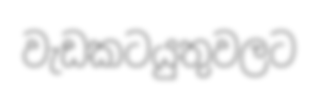
වැඩකටයුතුවලට